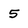
Character: 5